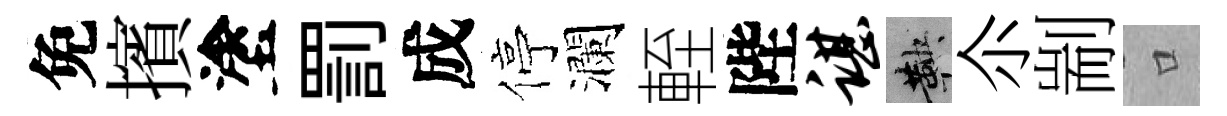
免擯塗罰成停瀾輊陛谌鞅尒剬口